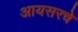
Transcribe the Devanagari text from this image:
आयसरचे